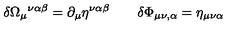
\delta \Omega _ { \mu } { } ^ { \nu \alpha \beta } = \partial _ { \mu } \eta ^ { \nu \alpha \beta } \qquad \delta \Phi _ { \mu \nu , \alpha } = \eta _ { \mu \nu \alpha }